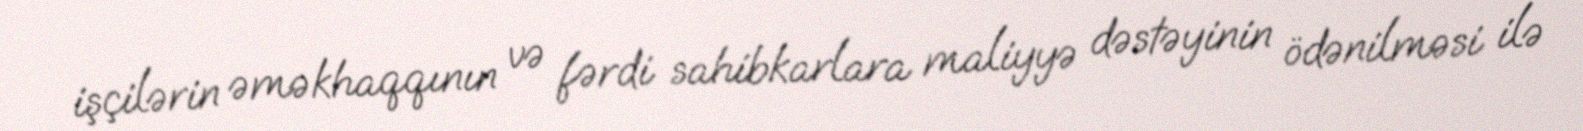
işçilərin əməkhaqqının və fərdi sahibkarlara maliyyə dəstəyinin ödənilməsi ilə